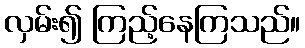
လှမ်း၍ ကြည့်နေကြသည်။